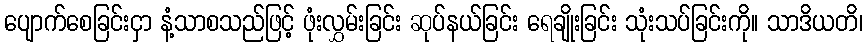
ပျောက်စေခြင်းငှာ နံ့သာစသည်ဖြင့် ဖုံးလွှမ်းခြင်း ဆုပ်နယ်ခြင်း ရေချိုးခြင်း သုံးသပ်ခြင်းကို။ သာဒိယတိ၊